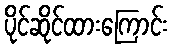
ပိုင်ဆိုင်ထားကြောင်း